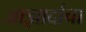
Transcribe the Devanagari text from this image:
आझादांचा